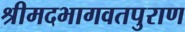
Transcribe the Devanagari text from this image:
श्रीमदभागवतपुराण